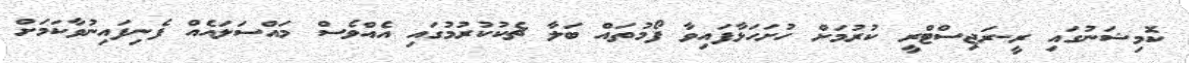
ކޮމިޝަނުގައި ރީ-ރަޖިސްޓްރީ ކުރުމަށް ހުށަހަޅާފައިވާ ފޯމުތައް ބަލާ ޗެކުކުރުމުގައި އެއްވެސް މައްސަލައެއް ފެނިފައިނުވާކަމަށް